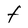
Character: t